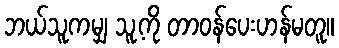
ဘယ်သူကမျှ သူ့ကို တာဝန်ပေးဟန်မတူ။